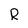
Character: R